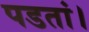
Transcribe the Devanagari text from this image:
पडतां।